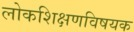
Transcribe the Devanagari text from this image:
लोकशिक्षणविषयक